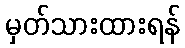
မှတ်သားထားရန်